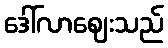
ဒေါ်လာဈေးသည်